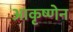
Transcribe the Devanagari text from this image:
आकृष्णेन